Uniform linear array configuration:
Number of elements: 16
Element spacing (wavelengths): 0.25
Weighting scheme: uniform
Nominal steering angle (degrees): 0
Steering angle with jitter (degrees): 0.9708
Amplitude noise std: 0.05
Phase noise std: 0.05

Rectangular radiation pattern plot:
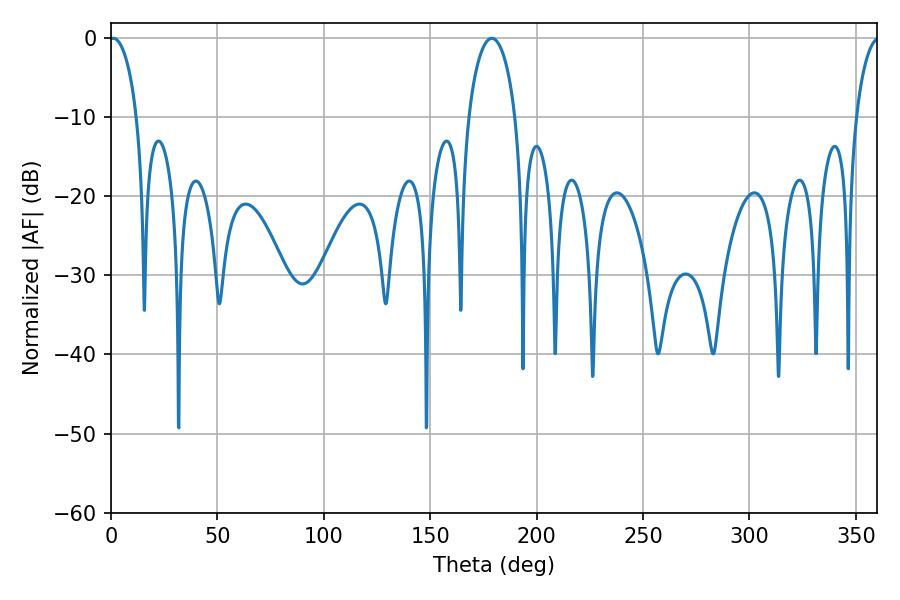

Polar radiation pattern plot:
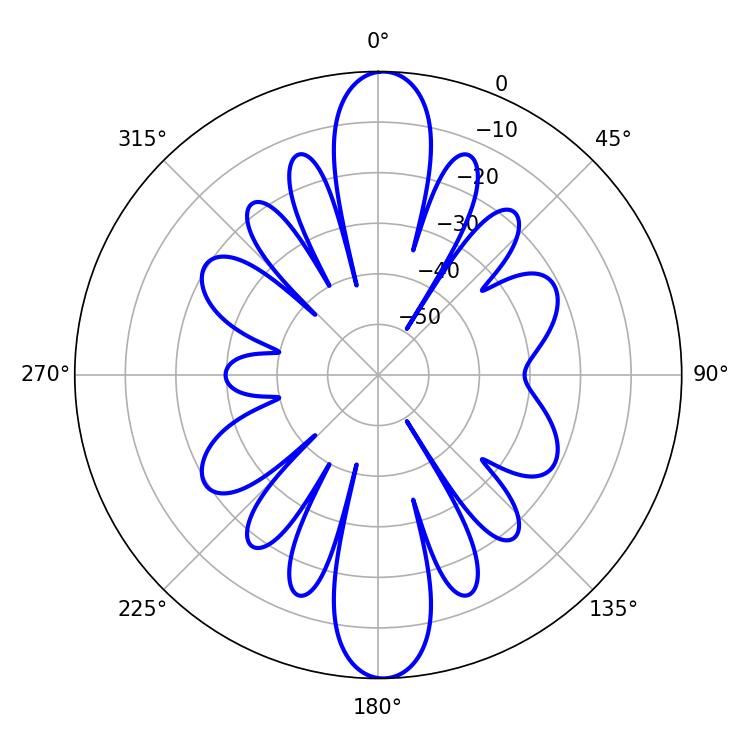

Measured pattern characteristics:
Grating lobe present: FALSE
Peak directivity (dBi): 22.955
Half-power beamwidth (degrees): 7.38
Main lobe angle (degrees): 1.08